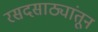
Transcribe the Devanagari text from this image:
रसदसाठ्यांतून